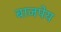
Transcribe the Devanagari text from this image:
बाजपेय